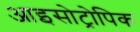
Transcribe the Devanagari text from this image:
आइसोट्रोपिक